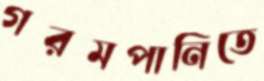
গরমপানিতে